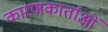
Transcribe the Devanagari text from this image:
कारणकार्ताओं